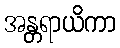
အန္တရာယိကာ